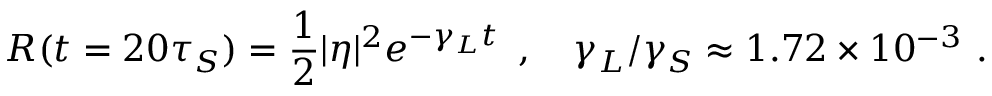
R ( t = 2 0 \tau _ { S } ) = { \frac { 1 } { 2 } } | \eta | ^ { 2 } e ^ { - \gamma _ { L } t } \enspace , \quad \gamma _ { L } / \gamma _ { S } \approx 1 . 7 2 \times 1 0 ^ { - 3 } \ .